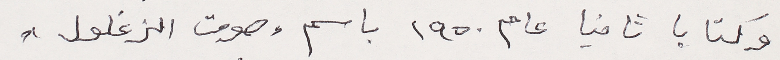
وكتابا ثانيا عام ١٩٥٠ باسم " صوت الزغلول"